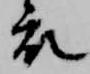
衣